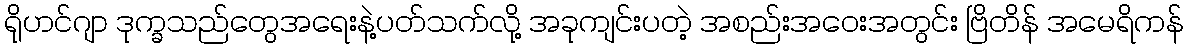
ရိုဟင်ဂျာ ဒုက္ခသည်တွေအရေးနဲ့ပတ်သက်လို့ အခုကျင်းပတဲ့ အစည်းအဝေးအတွင်း ဗြိတိန် အမေရိကန်